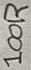
Text: 100R